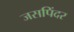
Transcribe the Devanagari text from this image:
जसपिंदर